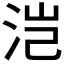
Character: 𰛥